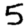
Digit: 5